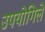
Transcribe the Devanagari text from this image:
उपयोगिले